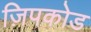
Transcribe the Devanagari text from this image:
ज़िपकोड